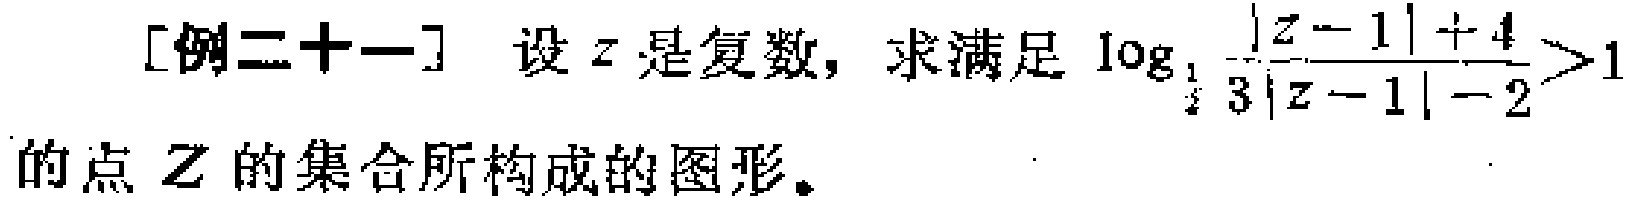
[例二十一] 设\(z\)是复数，求满足\(\log_{\frac{1}{2}}\frac{\vert z - 1\vert + 4}{3\vert z - 1\vert - 2}>1\)的点\(Z\)的集合所构成的图形。